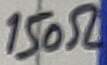
Text: 150Ω